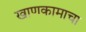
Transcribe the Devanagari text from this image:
खाणकामाचा